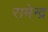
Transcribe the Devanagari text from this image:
रामेन्द्र